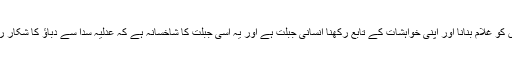
دوسروں کو غلام بنانا اور اپنی خواہشات کے تابع رکھنا انسانی جبلت ہے اور یہ اسی جبلت کا شاخسانہ ہے کہ عدلیہ سدا سے دباؤ کا شکار رہی ہے۔